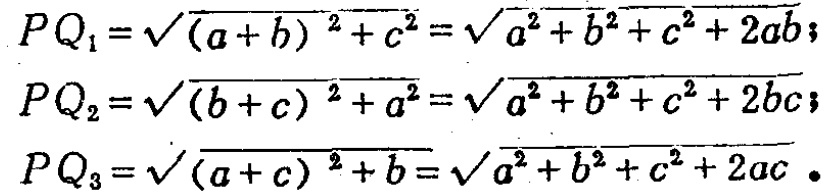
\[
\begin{align*}
PQ_1&=\sqrt{(a + b)^2 + c^2}=\sqrt{a^2 + b^2 + c^2+2ab};\\
PQ_2&=\sqrt{(b + c)^2 + a^2}=\sqrt{a^2 + b^2 + c^2+2bc};\\
PQ_3&=\sqrt{(a + c)^2 + b^2}=\sqrt{a^2 + b^2 + c^2+2ac}.
\end{align*}
\]